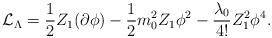
LaTeX: \begin{align*}{\cal {L}}_{\Lambda }=\frac{1}{2}Z_{1}(\partial \phi )-\frac{1}{2}m^{2}_{0}Z_{1}\phi ^{2}-\frac{\lambda _{0}}{4!}Z_{1}^{2}\phi ^{4}.\end{align*}